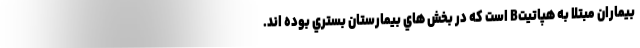
بيماران مبتلا به هپاتيتB است كه در بخش هاي بيمارستان بستري بوده اند.